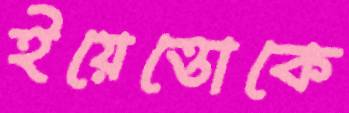
ইয়েত্তোকে